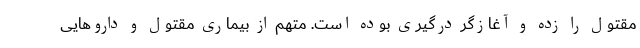
مقتول را زده و آغازگر درگیری بوده است. متهم از بیماری مقتول و داروهایی